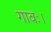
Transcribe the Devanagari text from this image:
गावः।